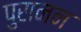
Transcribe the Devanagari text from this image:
पुरानन